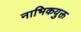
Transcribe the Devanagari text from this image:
नाभिकयुक्त